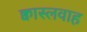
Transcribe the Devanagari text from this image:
क्वास्लवाह